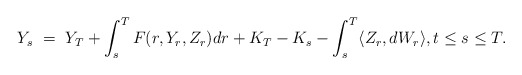
\begin{align*}Y_s \ = \ Y_T + \int_s^T F(r,Y_r,Z_r) dr + K_T - K_s - \int_s^T \langle Z_r, dW_r\rangle, t \leq s \leq T.\end{align*}